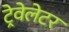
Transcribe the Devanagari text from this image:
ट्रेवेलेटर